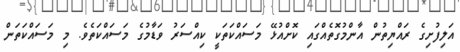
އަލިފުށިގެ ރައްޔިތުން އާންމުގޮތެއްގައި ކޮށްއުޅޭ މަސައްކަތަކީ ކިއްސަރު ވަޑާމުގެ މަސައްކަތެވެ. މި މަސައްކަތަން